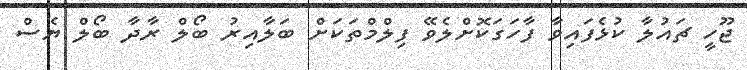
ޖޫހީ ޗައުލާ ކުޅެފައިވާ ފާހަގަކޮށްލެވޭ ފިލްމްތަކަށް ބަލާއިރު ބޯލް ރާދާ ބޯލް ޔެސް